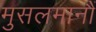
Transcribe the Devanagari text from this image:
मुसलमानौं